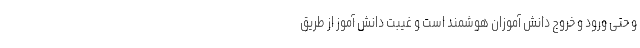
و حتی ورود و خروج دانش آموزان هوشمند است و غیبت دانش آموز از طریق